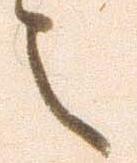
之